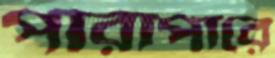
পারাপারে